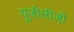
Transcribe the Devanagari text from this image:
यूजीसीजी